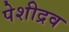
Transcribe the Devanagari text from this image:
पेशीद्रव